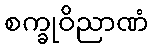
စက္ခုဝိညာဏံ